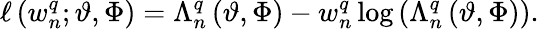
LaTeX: \ell\left(w_{n}^{q};\vartheta,\Phi\right)=\Lambda_{n}^{q}\left(\vartheta,\Phi\right)-w_{n}^{q}\log\left(\Lambda_{n}^{q}\left(\vartheta,\Phi\right)\right).